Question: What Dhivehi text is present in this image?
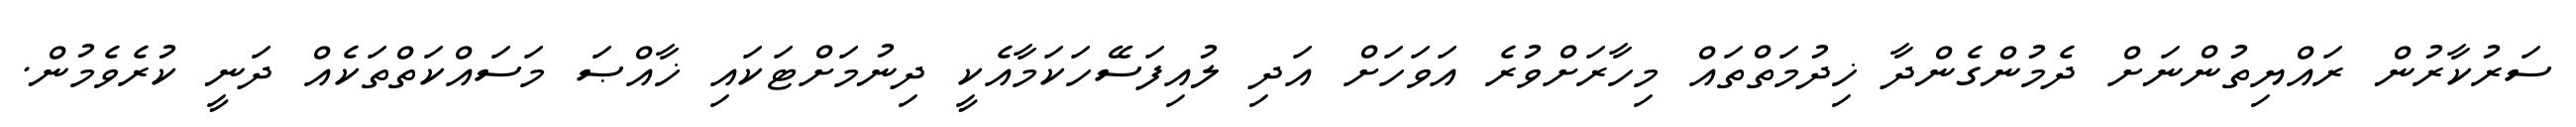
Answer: ސަރުކާރުން ރައްޔިތުންނަށް ދެމުންގެންދާ ޚިދުމަތްތައް މިހާރަށްވުރެ އަވަހަށް އަދި ލުއިފަސޭހަކަމާއެކީ ދިނުމަށްޓަކައި ޚާއްޞަ މަސައްކަތްތަކެއް ދަނީ ކުރެވެމުން.